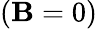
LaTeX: (\mathbf{B}=0)